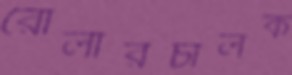
রোলারচালক